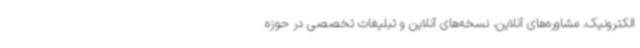
الکترونیک، مشاوره‌های آنلاین، نسخه‌های آنلاین و تبلیغات تخصصی در حوزه